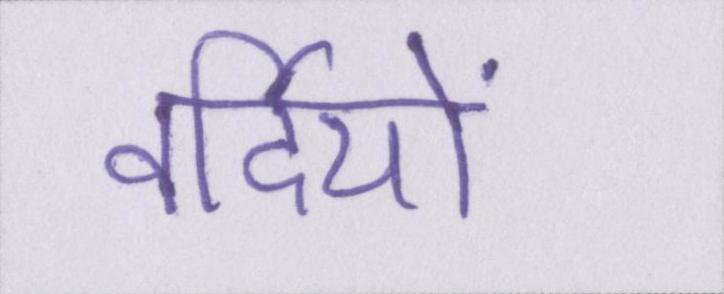
वर्दियों